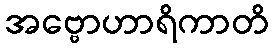
အဗ္ဗောဟာရိကာတိ